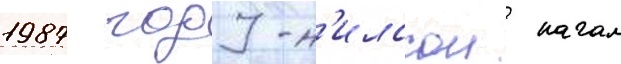
1987 году н'илссон начал